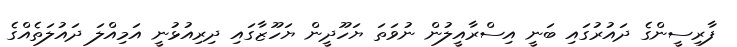
ފާރިސީންގެ ދައުރުގައި ބަނީ އިސްރާއީލުން ނުވަތަ ޔަހޫދީން ޔަހޫޒާގައި ދިރިއުޅުނީ އަމިއްލަ ދައުލަތެއްގެ